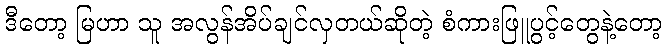
ဒီတော့ မြဟာ သူ အလွန်အိပ်ချင်လှတယ်ဆိုတဲ့ စံကားဖြူပွင့်တွေနဲ့တော့